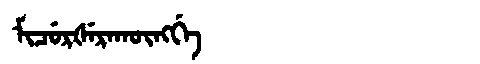
Manchu: ᠮᡳᠴᡠᡵᡧᡝᡵᠠᡴᡡᠩᡤᡝ
Romanization: MICURŠERAKŪNGGE